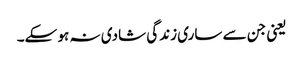
یعنی جن سے ساری زندگی شادی نہ ہو سکے۔